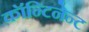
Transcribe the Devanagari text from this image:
कॉन्टिनेन्ट